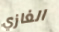
الغازي